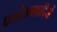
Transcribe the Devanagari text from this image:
प्रयोजनवादियों